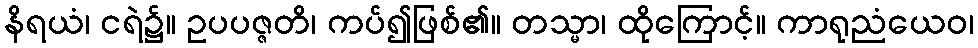
နိရယံ၊ ငရဲ၌။ ဥပပဇ္ဇတိ၊ ကပ်၍ဖြစ်၏။ တသ္မာ၊ ထိုကြောင့်။ ကာရုညံယေဝ၊